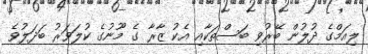
ލިއަމްގެ ދުލުން ބޭރުވި ބަސްތަކާއި އެކު ޒާރާ ގެ މޫނުގެ ކުލަވަރު ބަދަލުވެ